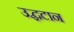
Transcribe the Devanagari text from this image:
उद्घटान